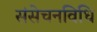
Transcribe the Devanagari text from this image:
संसेचनविधि